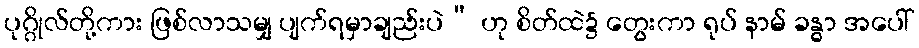
ပုဂ္ဂိုလ်တို့ကား ဖြစ်လာသမျှ ပျက်ရမှာချည်းပဲ” ဟု စိတ်ထဲ၌ တွေးကာ ရုပ် နာမ် ခန္ဓာ အပေါ်